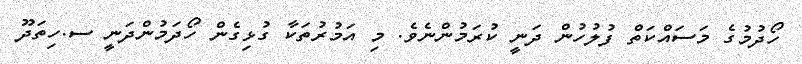
ހޯދުމުގެ މަސައްކަތް ފުލުހުން ދަނީ ކުރަމުންނެވެ. މި އަމުރުތަކާ ގުޅިގެން ހޯދަމުންދަނީ ސ.ހިތަދޫ